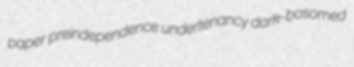
paper preindependence undertenancy dark-bosomed